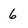
Character: 6